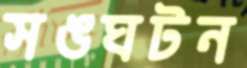
সঙঘটন